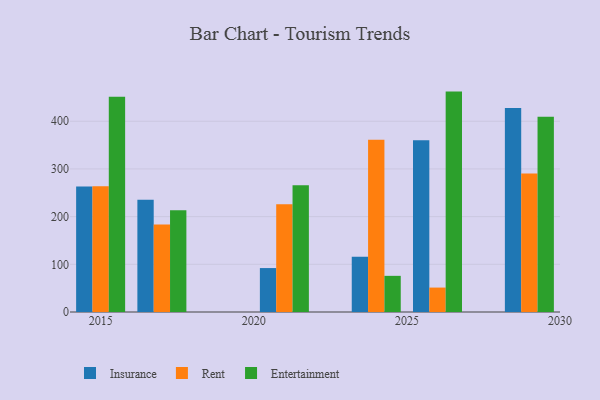
{"axis": {"x": "Year", "y": "Operating Costs (USD K)"}, "legend": ["Entertainment", "Insurance", "Rent"], "data": [{"x": "2015", "y": 262.9, "type": "Insurance"}, {"x": "2015", "y": 263.4, "type": "Rent"}, {"x": "2015", "y": 451.4, "type": "Entertainment"}, {"x": "2024", "y": 116.0, "type": "Insurance"}, {"x": "2024", "y": 361.2, "type": "Rent"}, {"x": "2024", "y": 75.8, "type": "Entertainment"}, {"x": "2029", "y": 427.5, "type": "Insurance"}, {"x": "2029", "y": 290.4, "type": "Rent"}, {"x": "2029", "y": 409.2, "type": "Entertainment"}, {"x": "2017", "y": 235.6, "type": "Insurance"}, {"x": "2017", "y": 183.5, "type": "Rent"}, {"x": "2017", "y": 213.4, "type": "Entertainment"}, {"x": "2026", "y": 359.9, "type": "Insurance"}, {"x": "2026", "y": 51.2, "type": "Rent"}, {"x": "2026", "y": 462.1, "type": "Entertainment"}, {"x": "2021", "y": 92.1, "type": "Insurance"}, {"x": "2021", "y": 225.8, "type": "Rent"}, {"x": "2021", "y": 265.9, "type": "Entertainment"}]}